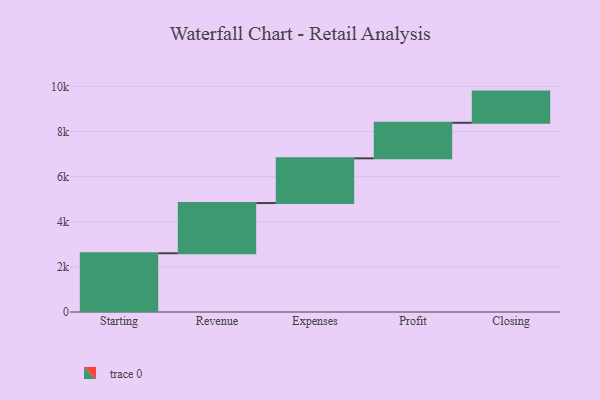
{"axis": {"x": "Step", "y": "Value"}, "legend": [""], "data": [{"x": "Starting", "y": 2603.0, "type": ""}, {"x": "Revenue", "y": 2227.0, "type": ""}, {"x": "Expenses", "y": 1982.0, "type": ""}, {"x": "Profit", "y": 1575.0, "type": ""}, {"x": "Closing", "y": 1383.0, "type": ""}]}